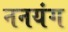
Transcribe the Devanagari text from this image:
ननयंग